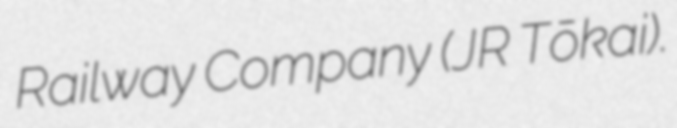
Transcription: Railway Company (JR Tōkai).